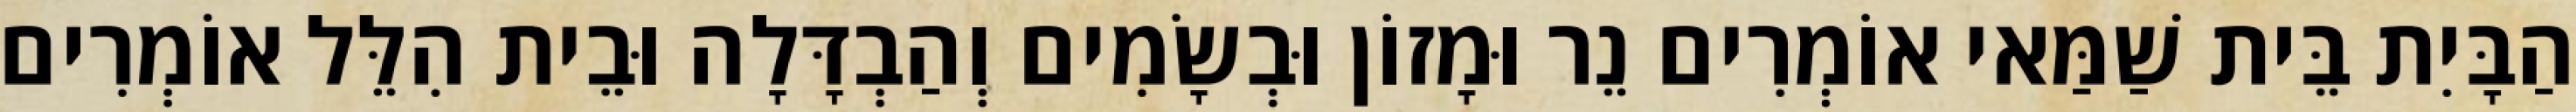
הַבָּיִת בֵּית שַׁמַּאי אוֹמְרִים נֵר וּמָזוֹן וּבְשָׂמִים וְהַבְדָּלָה וּבֵית הִלֵּל אוֹמְרִים